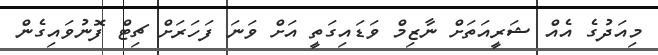
މިއަދުގެ އެއް ޝަރީއަތަށް ނާޒިމް ވަޑައިގަތީ އަށް ވަނަ ފަހަރަށް ޗިޓް ފޮނުވައިގެން